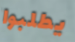
يطلبوا